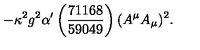
- \kappa ^ { 2 } g ^ { 2 } \alpha ^ { \prime } \left( \frac { 7 1 1 6 8 } { 5 9 0 4 9 } \right) ( A ^ { \mu } A _ { \mu } ) ^ { 2 } .